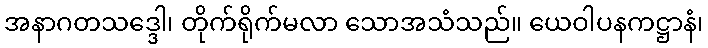
အနာဂတသဒ္ဒေါ၊ တိုက်ရိုက်မလာ သောအသံသည်။ ယေဝါပနကဋ္ဌာနံ၊